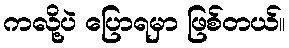
ကလို့ပဲ ပြောရမှာ ဖြစ်တယ်။